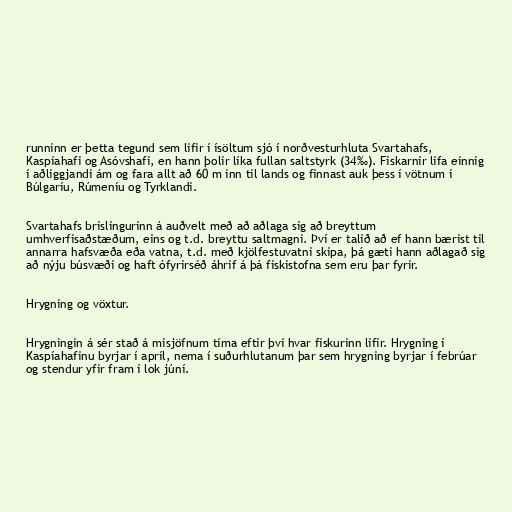
runninn er þetta tegund sem lifir í ísöltum sjó í norðvesturhluta Svartahafs,
Kaspíahafi og Asóvshafi, en hann þolir líka fullan saltstyrk (34‰). Fiskarnir lifa einnig
í aðliggjandi ám og fara allt að 60 m inn til lands og finnast auk þess í vötnum í
Búlgaríu, Rúmeníu og Tyrklandi.

Svartahafs brislingurinn á auðvelt með að aðlaga sig að breyttum
umhverfisaðstæðum, eins og t.d. breyttu saltmagni. Því er talið að ef hann bærist til
annarra hafsvæða eða vatna, t.d. með kjölfestuvatni skipa, þá gæti hann aðlagað sig
að nýju búsvæði og haft ófyrirséð áhrif á þá fiskistofna sem eru þar fyrir.

Hrygning og vöxtur.

Hrygningin á sér stað á misjöfnum tíma eftir því hvar fiskurinn lifir. Hrygning í
Kaspíahafinu byrjar í apríl, nema í suðurhlutanum þar sem hrygning byrjar í febrúar
og stendur yfir fram í lok júní.